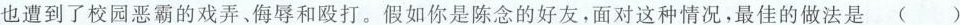
也遭到了校园恶霸的戏弄、侮辱和殴打。假如你是陈念的好友，面对这种情况，最佳的做法是（）